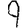
Digit: 9